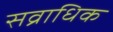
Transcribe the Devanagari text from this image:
सव्राधिक